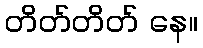
တိတ်တိတ် နေ။